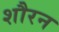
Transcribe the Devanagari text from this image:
शौरन